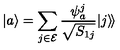
| a \rangle = \sum _ { j \in { \cal E } } \frac { \psi _ { a } ^ { j } } { \sqrt { S _ { 1 j } } } | j \rangle \! \rangle